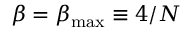
\beta = \beta _ { \mathrm { m a x } } \equiv 4 / N